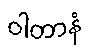
ဝါတာနံ